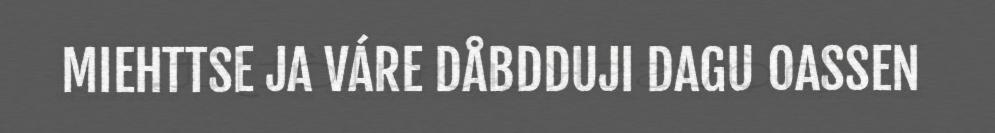
MIEHTTSE JA VÁRE DÅBDDUJI DAGU OASSEN